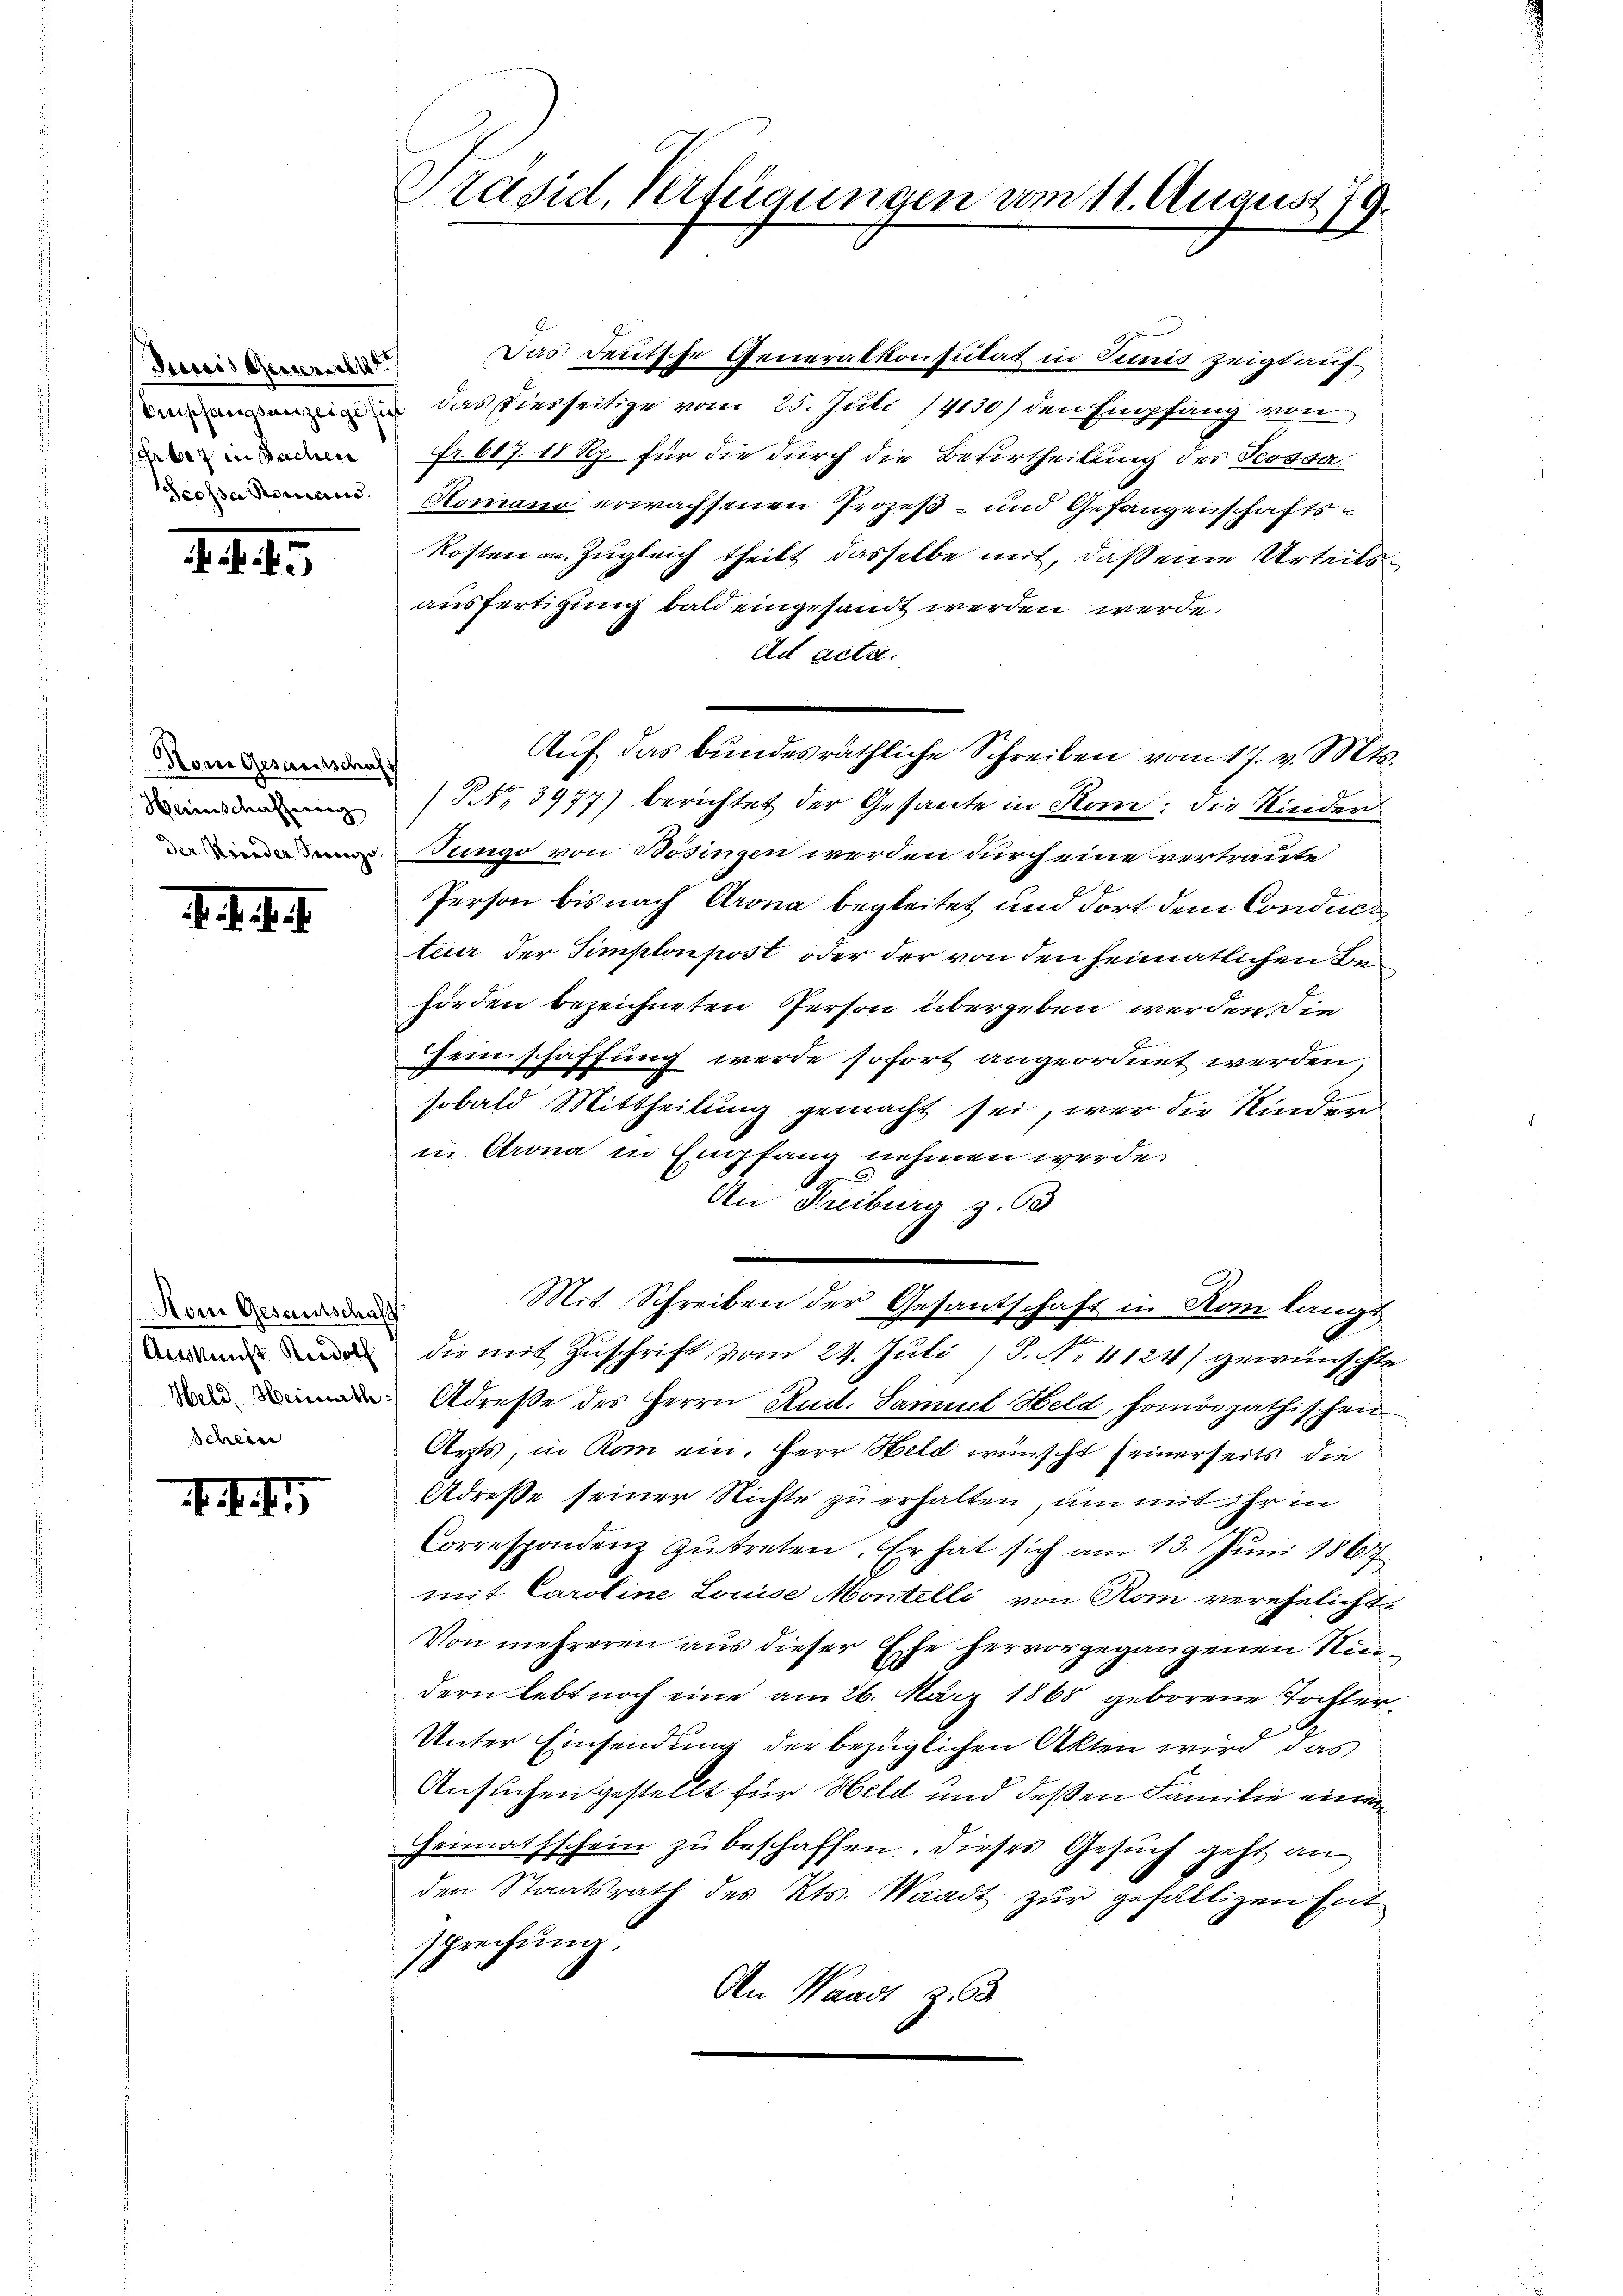
Junis Gemeind
sehr bez in Sachen

d. d. d.

Nom Gesandtschaft
Heiverschaffenen
der Meinder Bevor

1. d. d. J.

Nom Gesamtschaft
Auskunft Riedolf
Held, Heimath
schein

. f. 5

Präsid, Verfügungen vom 11. August 179.

Das Deutsche Generalkonsulat in Tunis zeigt auf
 das Diesseitige vom 25. Juli 19130) den Empfang von
Fr. 607. 18 Rp. für die durch die Besertheilung des Peossa
d Romano erwachsenen Prozeß- und Gefangenschafts¬
Kosten an Zugleich theilt dasselbe mit, daß eine Urteils
ausfertigung bald eingesandt werden werde.
Ad acta.
NNo. 3977) berichtet der Gesante in Kon: die Kinder
Jungo von Bösingen werden durch eine vertraute
Person bis nach Arona begleitet und dort dem Conducteur der Simplonpost oder der von den heimatlichen Behörden bezeichneten Person übergeben werden, die
einschaffung werde sofort angeordnet werden,
2
sobald Mittheilung gemacht sei, wer die Kinder
in Krona in Empfang nehmen werde.
f
An Freiburg z. 63
Mit Schreiben der Gesantschaft in Rom langt
die mit Zuschrift vom 24. Juli) S. Nr. 4124) gewünschte
Adresse des Herrn Rud. Samuel Held, homöopathischen
Arzts, in Rom ein. Herr Held wünscht seinerseits die
Adreße seiner Nichte zu erhalten, um mit ihr in
Correspondenz zŭtreten. Er hat sich am 13. Jŭni 1867
mit Caroline Louise Montelli von Rom verehelicht
Von mehreren aus dieser Ehe hervorgegangenen Rin
dern lebt noch eine am 26. März 1865 geborene Tochter¬
Unter Einsendung der bezüglichen Akten wird, das
Ansuchen gestellt für Held und deßen Familie einen
Heimathschein zu beschaffen. Dieses Gesŭch geht an
den Staatsrath des Kts. Waadt zur gefälligen Ent
sprechŭng.
An Waadt Z. 63

Aŭf das bundesräthliche Schreiben vom 17. v. Mts.